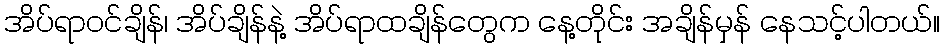
အိပ်ရာဝင်ချိန်၊ အိပ်ချိန်နဲ့ အိပ်ရာထချိန်တွေက နေ့တိုင်း အချိန်မှန် နေသင့်ပါတယ်။